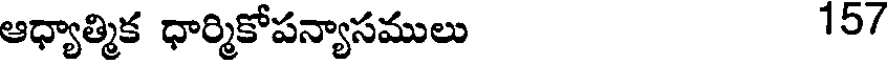
ఆధ్యాత్మిక ధార్మికోపన్యాసములు 15/